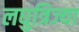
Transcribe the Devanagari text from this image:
लघुत्रिज्या